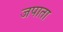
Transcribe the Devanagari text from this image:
जपाता